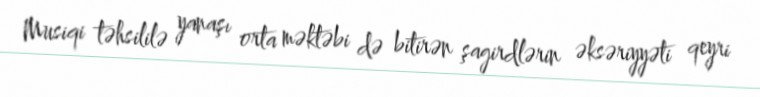
Musiqi təhsililə yanaşı orta məktəbi də bitirən şagirdlərin əksəriyyəti qeyri